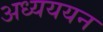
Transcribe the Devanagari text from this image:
अध्यययन